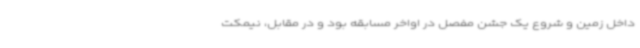
داخل زمین و شروع یک جشن مفصل در اواخر مسابقه بود و در مقابل، نیمکت